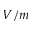
V / m